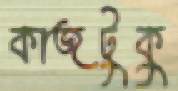
কাজটুকু